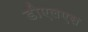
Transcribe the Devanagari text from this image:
डीएलएस